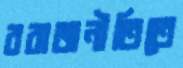
ররাজনীতিতে